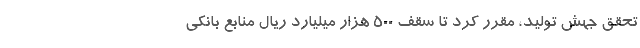
تحقق جهش تولید، مقرر کرد تا سقف ۵۰۰ هزار میلیارد ریال منابع بانکی